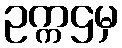
ဥက္ကဌမှ